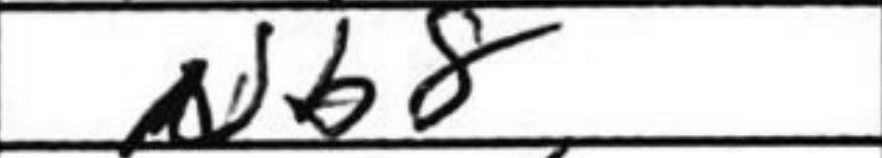
Transcription: Nb8